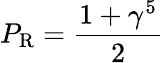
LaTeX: P_{\mathrm{{R}}}={\frac{1+\gamma^{5}}{2}}